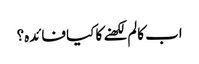
اب کالم لکھنے کا کیا فائدہ؟